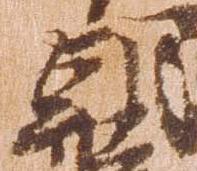
朝